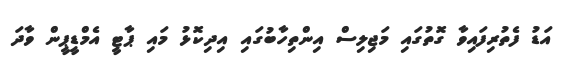
އަޑު ފެތުރިފައިވާ ގޮތުގައި މަޖިލިސް އިންތިހާބުގައި އިދިކޮޅު މައި ޕާޓީ އެމްޑީޕީން ވާދަ